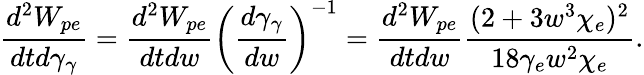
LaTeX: \frac{d^{2}W_{pe}}{dtd\gamma_{\gamma}}=\frac{d^{2}W_{pe}}{dtdw}\left(\frac{d\gamma_{\gamma}}{dw}\right)^{-1}=\frac{d^{2}W_{pe}}{dtdw}\frac{(2+3w^{3}\chi_{e})^{2}}{18\gamma_{e}w^{2}\chi_{e}}.